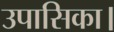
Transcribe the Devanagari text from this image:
उपासिका।